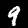
Label: 9